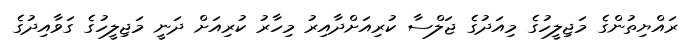
ރައްޔިތުންގެ މަޖިލީހުގެ މިއަދުގެ ޖަލްސާ ކުރިއަށްދާއިރު މިހާރު ކުރިއަށް ދަނީ މަޖިލީހުގެ ގަވާއިދުގެ